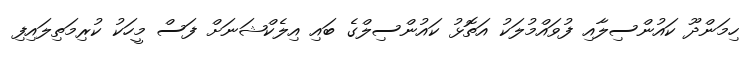
ހިމަންދޫ ކައުންސިލާއި ފުވައްމުލަކު އަތޮޅު ކައުންސިލްގެ ބައި އިލެކްޝަނަށް ފަސް މީހަކު ކުރިމަތިލައިފި